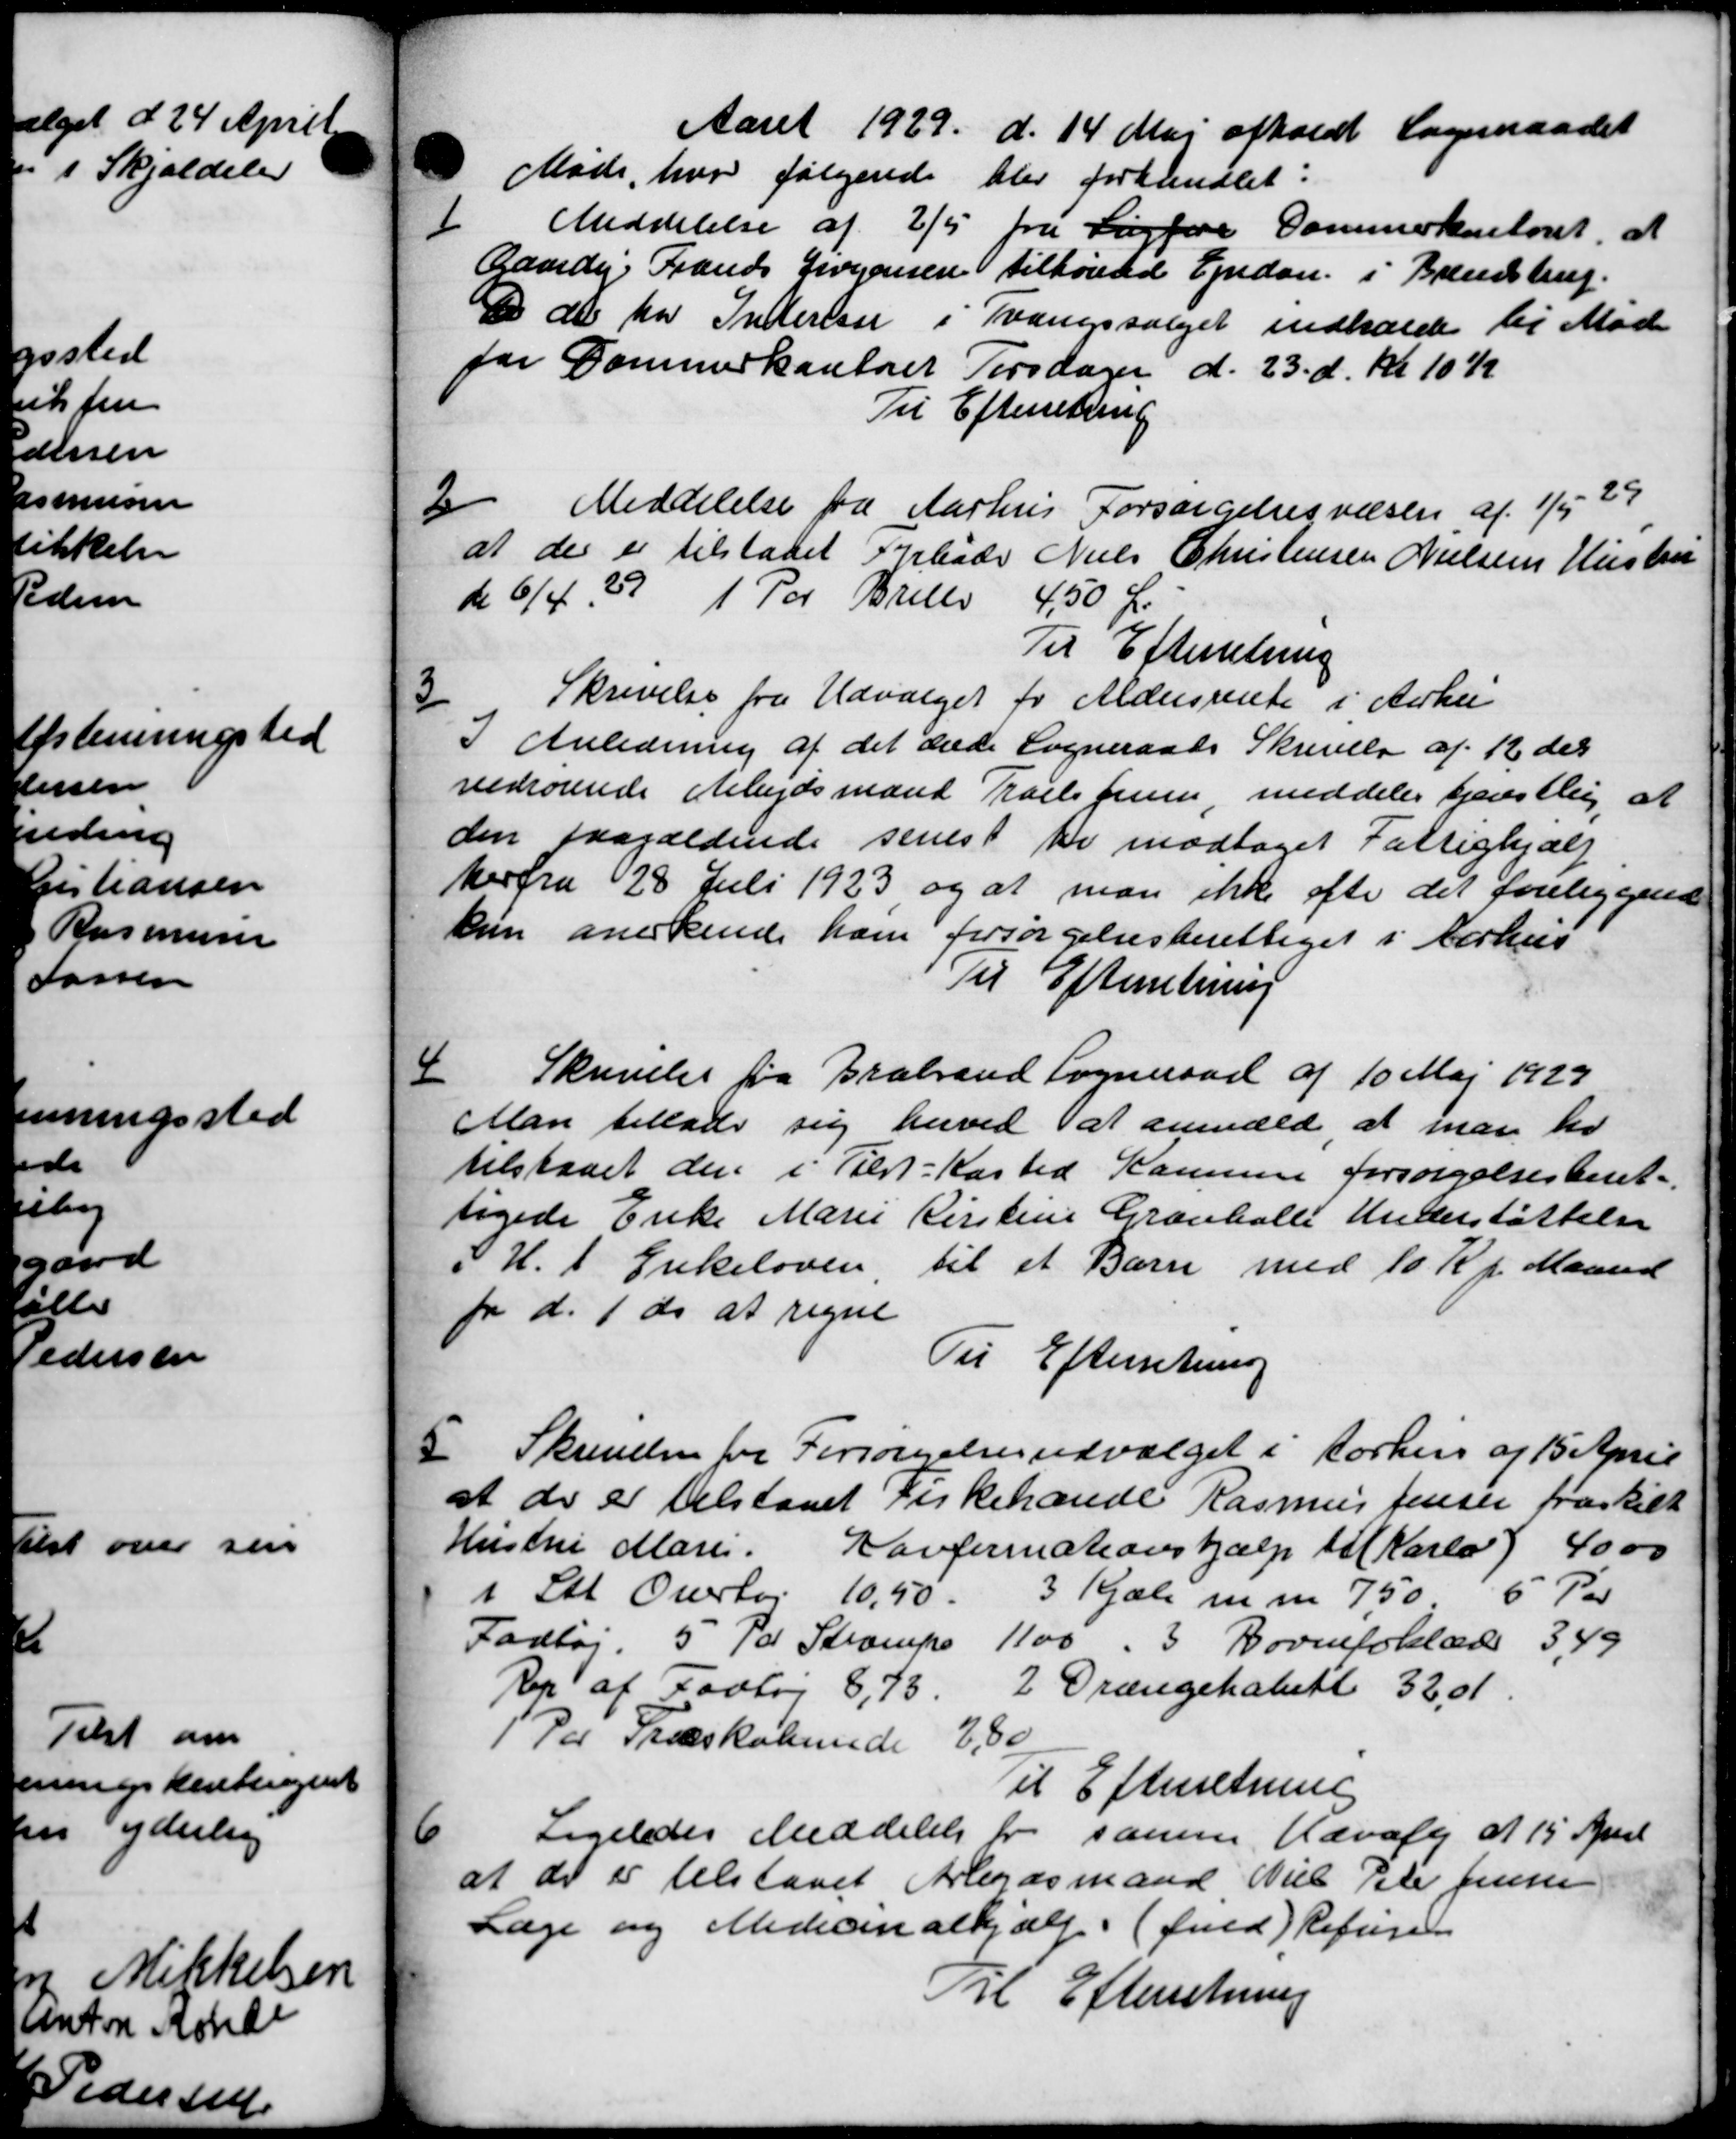
Transskription:
7.

Aaret 1929 d. 14 Maj afholdt Sogneraadet
Møde, hvor følgende blev forhandlet:

Meddelelse af 2/5 fra Sagføre Dammerkuloset, at
Gaardej Frands Jørgensen tilhørende Ejendom i Bendstrup.
 de har Indersen i Tvangsvalget indkalde til Møde
far Dommerkontoret Tirsdagen d. 23. d. Kl. 10 K
Til Efterretning

Meddelelse fra Aarhus Forsørgelsesvæsen af 1/5 29
de er tilstaaet Arbade Niels Christensen Nielsens Hustru
6/4 39        1 Par Briller 4,50 Ør
Til Efterretning

Skrivelse fra Udvalget for Aldersrente i Aarhu
Anledning af det ærede Sogneraads Skrivelse af 12 des
edrørende Arbejdsmand Troels Jensen, meddeler tjenstlig at
den paagældende senest Der modtaget Fattighjælp
her fra 28 Juli 1923 og at man ikke ofte det foreliggende
n anerkende ham forsørgelsesberettiget i Aarhus
Til Efterretning

Skrivelse fra Brabrand Sogneraad af 10 Maj 1927
Man tillade sig herved at anmæld, at man her
tilstaaet den i Tilst-Kasted Kommune forsørgelsesberet-
yede Enke Marie Kirstine Granhalle Understøttelse
H. t. Enkeloven til et Barn med 10 Kr. Maaned
 d. 1 ds at regne
Til Efterretning

Skrivelse for Forsørgelsesudvalget i Aarhus af 15 April
i de er tilstaaet Firkehandle Rasmus Jensen fraskilt
istri Marie. Konfirmationshjælp til Karla 4000
1 Stk Overtøj 10,50. 3 Kjælp m. m. 7,50 5 Par
Fodtøj, 5 Par Stræmpe 1100 - 3 Børneforlade 3,49
Rep af Fodtøj 8,73 2 Drængehabet 32,01
Par Træskoleunde 2,80
Til Efterretning

Ligeledes Meddelelse for samme Udvalg af 15 April
at der er tilstaaet Arbejdsmand Niels Peter Jensen
Læge og Medicinalhjælp. (fuld) Refusi
Til Efterretning